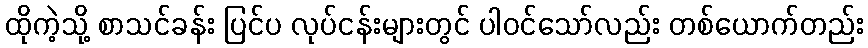
ထိုကဲ့သို့ စာသင်ခန်း ပြင်ပ လုပ်ငန်းများတွင် ပါဝင်သော်လည်း တစ်ယောက်တည်း